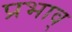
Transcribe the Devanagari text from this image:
प्रभाव्